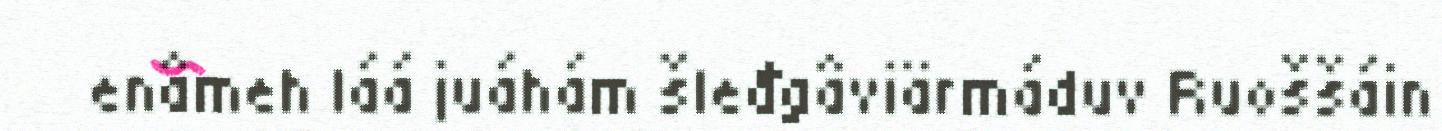
enâmeh láá juáhám šleđgâviärmáduv Ruoššáin